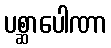
ပစ္ဆာပေါဏာ